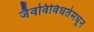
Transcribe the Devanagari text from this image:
जैवविविधतेमधून